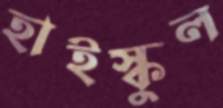
হাইস্কুল